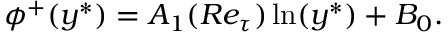
\begin{array} { r } { \phi ^ { + } ( y ^ { \ast } ) = A _ { 1 } ( R e _ { \tau } ) \ln ( y ^ { \ast } ) + B _ { 0 } . } \end{array}